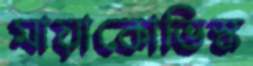
মায়াকোভিস্ক